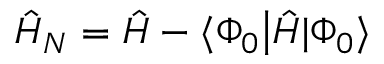
\hat { H } _ { N } = \hat { H } - \langle \Phi _ { 0 } \big | \hat { H } | \Phi _ { 0 } \rangle